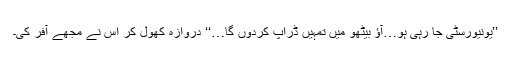
’’یونیورسٹی جا رہی ہو…آؤ بیٹھو میں تمہیں ڈراپ کردوں گا…‘‘ دروازہ کھول کر اس نے مجھے آفر کی۔